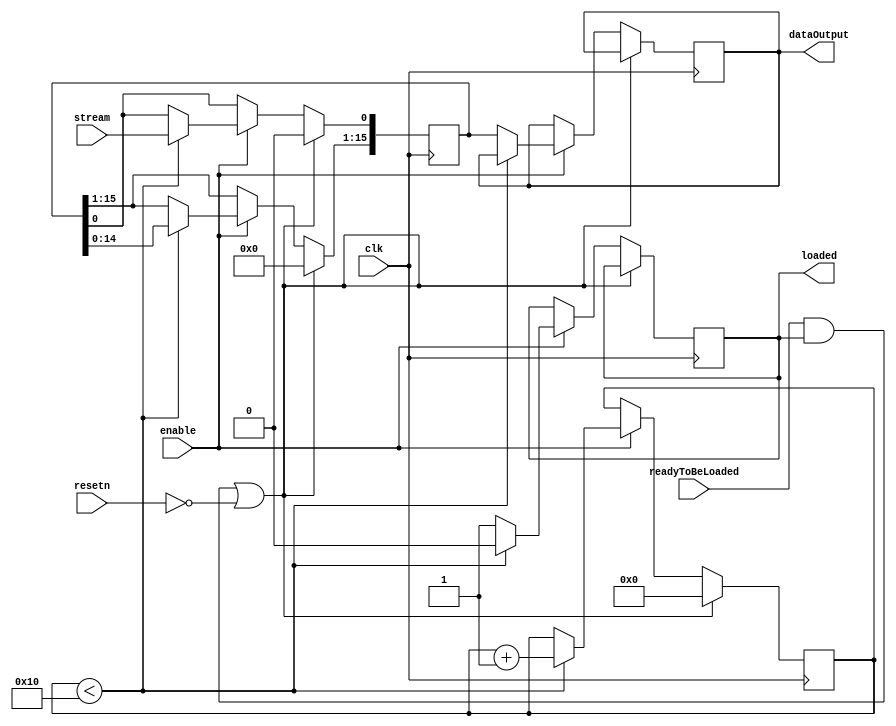
module Grouper(clk, enable, resetn, stream, readyToBeLoaded, loaded, dataOutput);
	parameter n = 4; 

	// ACTIVE LOW RESET
	input clk, enable, resetn, stream;		// from the left side 
	// the next 3 is for Submatrix
	input readyToBeLoaded;
	output reg loaded ;
	output reg [15:0] 	dataOutput;

	reg	[n:0]	counter; 
	reg [15:0] 	subGroup;

	wire restartCount;
	assign restartCount = readyToBeLoaded & loaded; 

	always @(posedge clk) begin
	if (restartCount | ~resetn) begin
		counter <= 5'd0;
		subGroup <= 16'b0;
	end 
	else if(enable) begin 
		
			if (counter < 5'd16)begin 
				subGroup[15:1] <= subGroup[14:0];
				subGroup[0] <= stream;
				counter <= counter + 1;
				loaded <= 0;
			end 
			else begin
				loaded <= 1; 
				dataOutput <= subGroup;
			end	
		end  
	end

endmodule